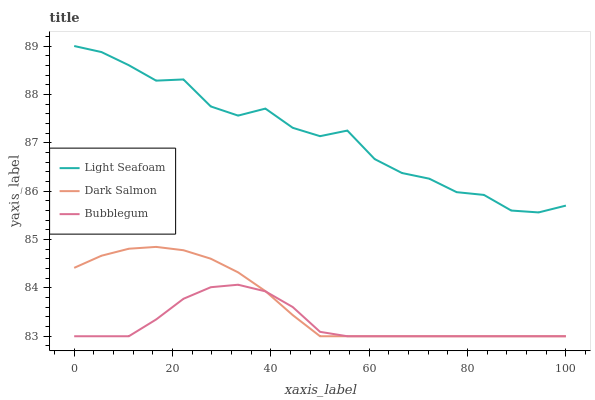
| xaxis_label | Light Seafoam | Dark Salmon | Bubblegum |
 | --- | --- | --- | --- |
 | 0 | 89 | 84.4 | 83 |
 | 5.56 | 88.9 | 84.7 | 83 |
 | 11.1 | 88.6 | 84.8 | 83 |
 | 16.7 | 88.3 | 84.8 | 83.3 |
 | 22.2 | 88.3 | 84.8 | 83.8 |
 | 27.8 | 87.8 | 84.6 | 84 |
 | 33.3 | 87.6 | 84.3 | 84.1 |
 | 38.9 | 87.7 | 83.9 | 83.9 |
 | 44.4 | 87.3 | 83.4 | 83.6 |
 | 50 | 87.1 | 83 | 83.1 |
 | 55.6 | 87.3 | 83 | 83 |
 | 61.1 | 86.7 | 83 | 83 |
 | 66.7 | 86.4 | 83 | 83 |
 | 72.2 | 86.3 | 83 | 83 |
 | 77.8 | 86 | 83 | 83 |
 | 83.3 | 85.9 | 83 | 83 |
 | 88.9 | 85.6 | 83 | 83 |
 | 94.4 | 85.6 | 83 | 83 |
 | 100 | 85.7 | 83 | 83 |